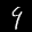
Label: 9